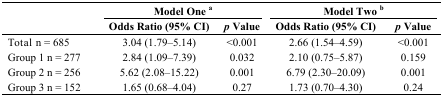
<table><thead><tr><td rowspan="2"></td><td colspan="2"><b>Model One <sup>a</sup></b></td><td colspan="2"><b>Model Two <sup>b</sup></b></td></tr><tr><td><b>Odds Ratio (95% CI)</b></td><td><b><i>p</i> Value</b></td><td><b>Odds Ratio (95% CI)</b></td><td><b><i>p</i> Value</b></td></tr></thead><tbody><tr><td>Total n = 685</td><td>3.04 (1.79–5.14)</td><td>&lt;0.001</td><td>2.66 (1.54–4.59)</td><td>&lt;0.001</td></tr><tr><td>Group 1 n = 277</td><td>2.84 (1.09–7.39)</td><td>0.032</td><td>2.10 (0.75–5.87)</td><td>0.159</td></tr><tr><td>Group 2 n = 256</td><td>5.62 (2.08–15.22)</td><td>0.001</td><td>6.79 (2.30–20.09)</td><td>0.001</td></tr><tr><td>Group 3 n = 152</td><td>1.65 (0.68–4.04)</td><td>0.27</td><td>1.73 (0.70–4.30)</td><td>0.24</td></tr></tbody></table>